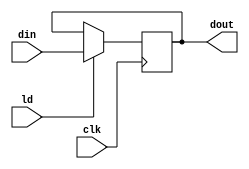
//shift register to hold value of A
module PIPO1 (output reg [15:0] dout, 
            input wire [15:0] din,
            input wire ld, clk
);
always @(posedge clk ) begin
    if(ld) dout<= din;
end
endmodule //PIPO1